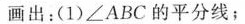
画出：(1)∠ABC的平分线；